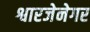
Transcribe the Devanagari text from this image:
श्वारजेनेगर